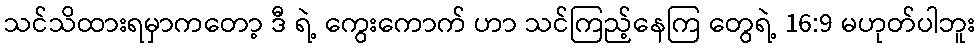
သင်သိထားရမှာကတော့ ဒီ ရဲ့ ကွေးကောက် ဟာ သင်ကြည့်နေကြ တွေရဲ့ 16:9 မဟုတ်ပါဘူး